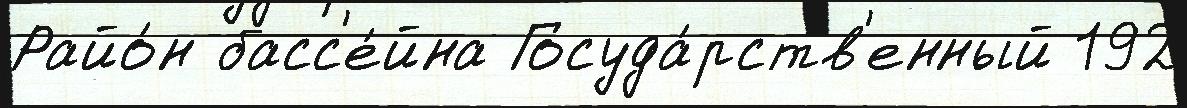
Райо́н басс'е́йна Госуда́рств'енный 192